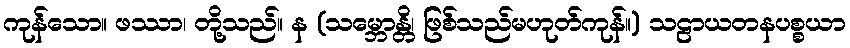
ကုန်သော။ ဖဿာ၊ တို့သည်။ န (သမ္ဘောန္တိ၊ ဖြစ်သည်မဟုတ်ကုန်။) သဠာယတနပစ္စယာ